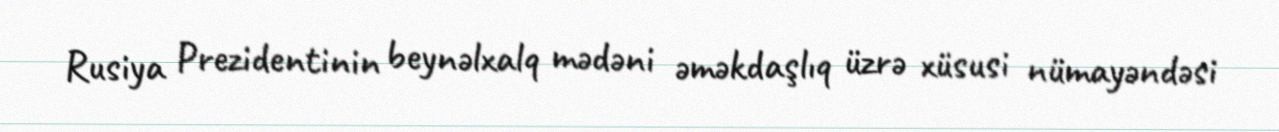
Rusiya Prezidentinin beynəlxalq mədəni əməkdaşlıq üzrə xüsusi nümayəndəsi